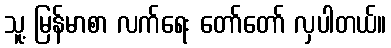
သူ့ မြန်မာစာ လက်ရေး တော်တော် လှပါတယ်။